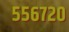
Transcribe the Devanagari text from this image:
५५६७२०